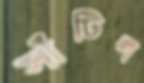
সাঁটিল